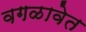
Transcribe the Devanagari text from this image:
वगळावेत